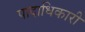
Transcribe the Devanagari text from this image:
पादाधिकारी